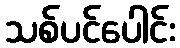
သစ်ပင်ပေါင်း